Vaccination in the Punjab 1919-1929 - 1919-1929
Year: 1919
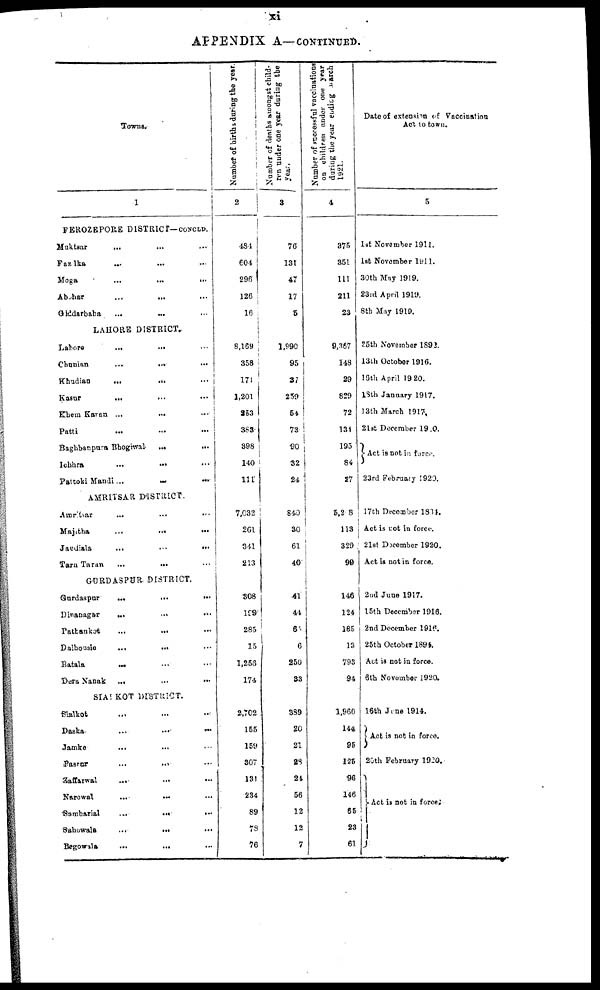
xi
APPENDIX A— CONTINUED.
Towns.
1
FEROZEPORE DISTRICT— CONCLD.
Muktsar ... ... ...
Fazlka ... ... ...
Moga
...
...
...
Abahar ... ... ...
Giddarbaha ... ... ...
LAHORE DISTRICT.
Lahore
...
...
...
Chanian
...
...
...
Khadian
...
...
...
Kasur ... ... ...
Khem Karan ... ... ...
Patti ... ... ...
Baghbanpura Bhogiwal ... ...
Ichhra
...
...
...
Pattoki Mandi
...
...
...
AMRITSAR DISTRICT.
Amritsar ... ... ...
Majitha
...
...
...
Jaudiala
...
...
...
Tara Taran ... ... ...
GURDASPUR DISTRICT.
Gurdaspur ... ... ...
Dinanagar
...
...
...
Pattankot
...
...
...
Dalhousie
...
...
...
Batala ... ... ...
Deura Nanak ... ... ...
SIALKOT DISTRICT.
Sialkot ... ... ...
Daska
...
...
...
Jamke ... ... ...
Pasrar
...
...
...
Zaffarwal
...
...
...
Narowal
...
...
...
Sombarial
...
...
...
Sahowala
...
...
...
Begowala
...
...
...
Number of births during the year.
2
484
604
296
126
16
8,169
358
171
1,201
353
383
398
140
111
7,032
261
341
213
308
199
285
15
1,256
174
2,702
155
159
307
131
234
89
78
76
Number of deaths amongst child-
ren under one year during the
year.
3
76
131
47
17
5
1,990
95
37
259
54
73
90
32
24
840
30
61
40
41
44
65
6
250
33
389
20
21
28
24
56
12
12
7
Number of successful vaccinations
on children under one year
during the year ending March
1921.
4
375
351
111
211
23
9,367
148
29
829
72
131
195
84
27
5,2 8
113
329
99
146
124
185
13
793
94
1,960
144
95
126
96
146
65
23
61
Date of extension of Vaccination
Act to town.
5
1st November 1911.
1st November 1911.
30th May 1919.
23rd April 1919.
8th May 1919.
25th November 1892.
13th October 1916.
16th April 1920.
18th January 1917.
13th March 1917,
21st December 1910.
Act is not in force.
23rd February 1920.
17th December 1884.
Act is not in force.
21st December 1920.
Act is not in force.
2nd June 1917.
15th December 1916.
2nd December 1916.
25th October 1894.
Act is not in force.
6th November 1920.
16th June 1914.
Act is nob in force.
20th February 1920.
Act is not in force.